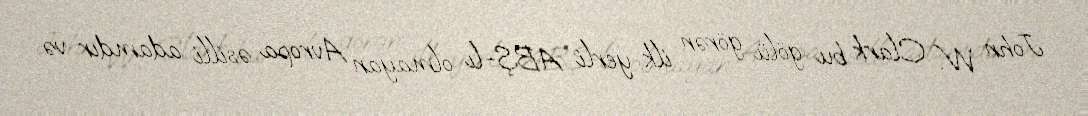
John W. Clark bu gölü görən ilk yerli ABŞ-lı olmayan Avropa əsilli adamdır və